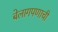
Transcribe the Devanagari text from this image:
बेलागपणाची